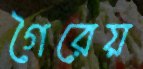
গৈরেয়